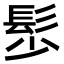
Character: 䯯